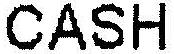
CASH